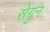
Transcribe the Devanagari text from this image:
सेगुन